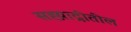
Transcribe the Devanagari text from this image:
सह्य़ाद्रीतील